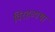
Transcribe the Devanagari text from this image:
विरहव्यथा